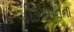
ડીઝાઇનના